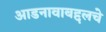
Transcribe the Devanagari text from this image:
आडनावाबद्दलचे